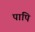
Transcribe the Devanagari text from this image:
पापि